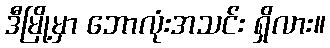
ဒီမြို့မှာ ဘောလုံးအသင်း ရှိလား။